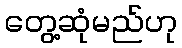
တွေ့ဆုံမည်ဟု